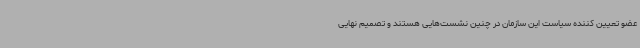
عضو تعیین کننده سیاست این سازمان در چنین نشست‌هایی هستند و تصمیم نهایی